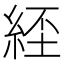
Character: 𦀰